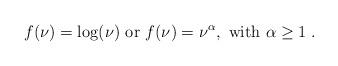
LaTeX: \begin{align*}f(\nu)=\log(\nu) \mbox{ or }f(\nu)=\nu^\alpha, \mbox{ with } \alpha \ge 1 \;.\end{align*}